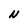
Character: N